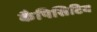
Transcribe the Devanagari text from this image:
कैपिसिटिव